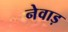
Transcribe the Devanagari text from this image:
नेवाड़